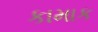
કામાક